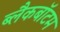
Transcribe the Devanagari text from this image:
ब्लैकबॉटम